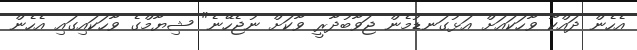
އެހެން ދައްކާ ވާހަކައަށް އަޅުގަނޑުމެން ޖަވާބުދާރީ ވާކަށް ނުޖެހޭނެ" ޝިޔާމްގެ ވާހަކައިގައި އެހެން